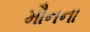
મૌનના